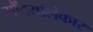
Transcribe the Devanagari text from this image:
सौंदर्यालंकार